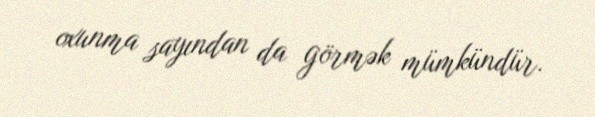
oxunma sayından da görmək mümkündür.